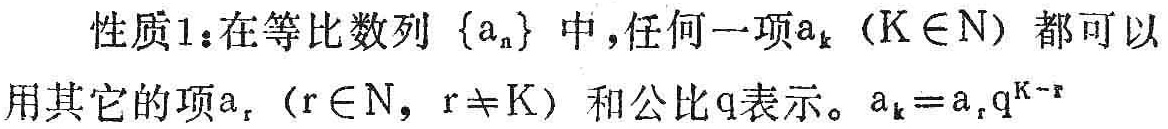
性质1：在等比数列\(\{a_{n}\}\)中，任何一项\(a_{k}\)（\(k\in N\)）都可以用其它的项\(a_{r}\)（\(r\in N\)，\(r\neq k\)）和公比\(q\)表示。\(a_{k}=a_{r}q^{k - r}\)